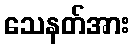
သေနတ်အား